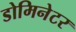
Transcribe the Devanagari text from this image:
डोमिनेटर